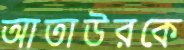
আতাউরকে